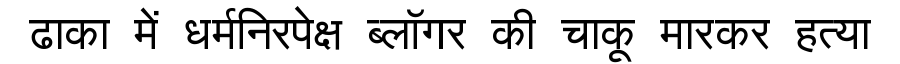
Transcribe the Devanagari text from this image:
ढाका में धर्मनिरपेक्ष ब्लॉगर की चाकू मारकर हत्या